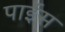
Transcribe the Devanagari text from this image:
पाईस